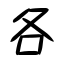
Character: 各